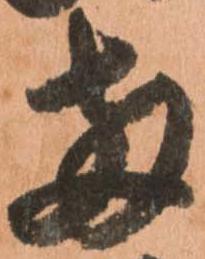
両